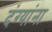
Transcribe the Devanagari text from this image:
दंग्यांना